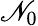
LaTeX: \mathscr{N}_{0}